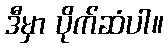
ဒီမှာ ပိုက်ဆံပါ။